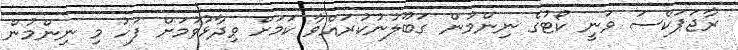
ރާޖަޕަކްސަ ވަނީ ކޯޓުގެ ނިންމުން ގަބޫލުނުކުރައްވާ ކަމަށް ވިދާޅުވުމަށް ފަހު މި ނިންމުން